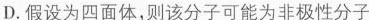
D.假设为四面体，则该分子可能为非极性分子